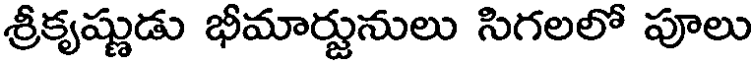
శ్రీకృష్ణుడు భీమార్జునులు సిగలలో పూలు